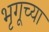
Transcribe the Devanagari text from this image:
भृगूच्या